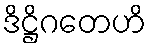
ဒိဋ္ဌိဂတေဟိ